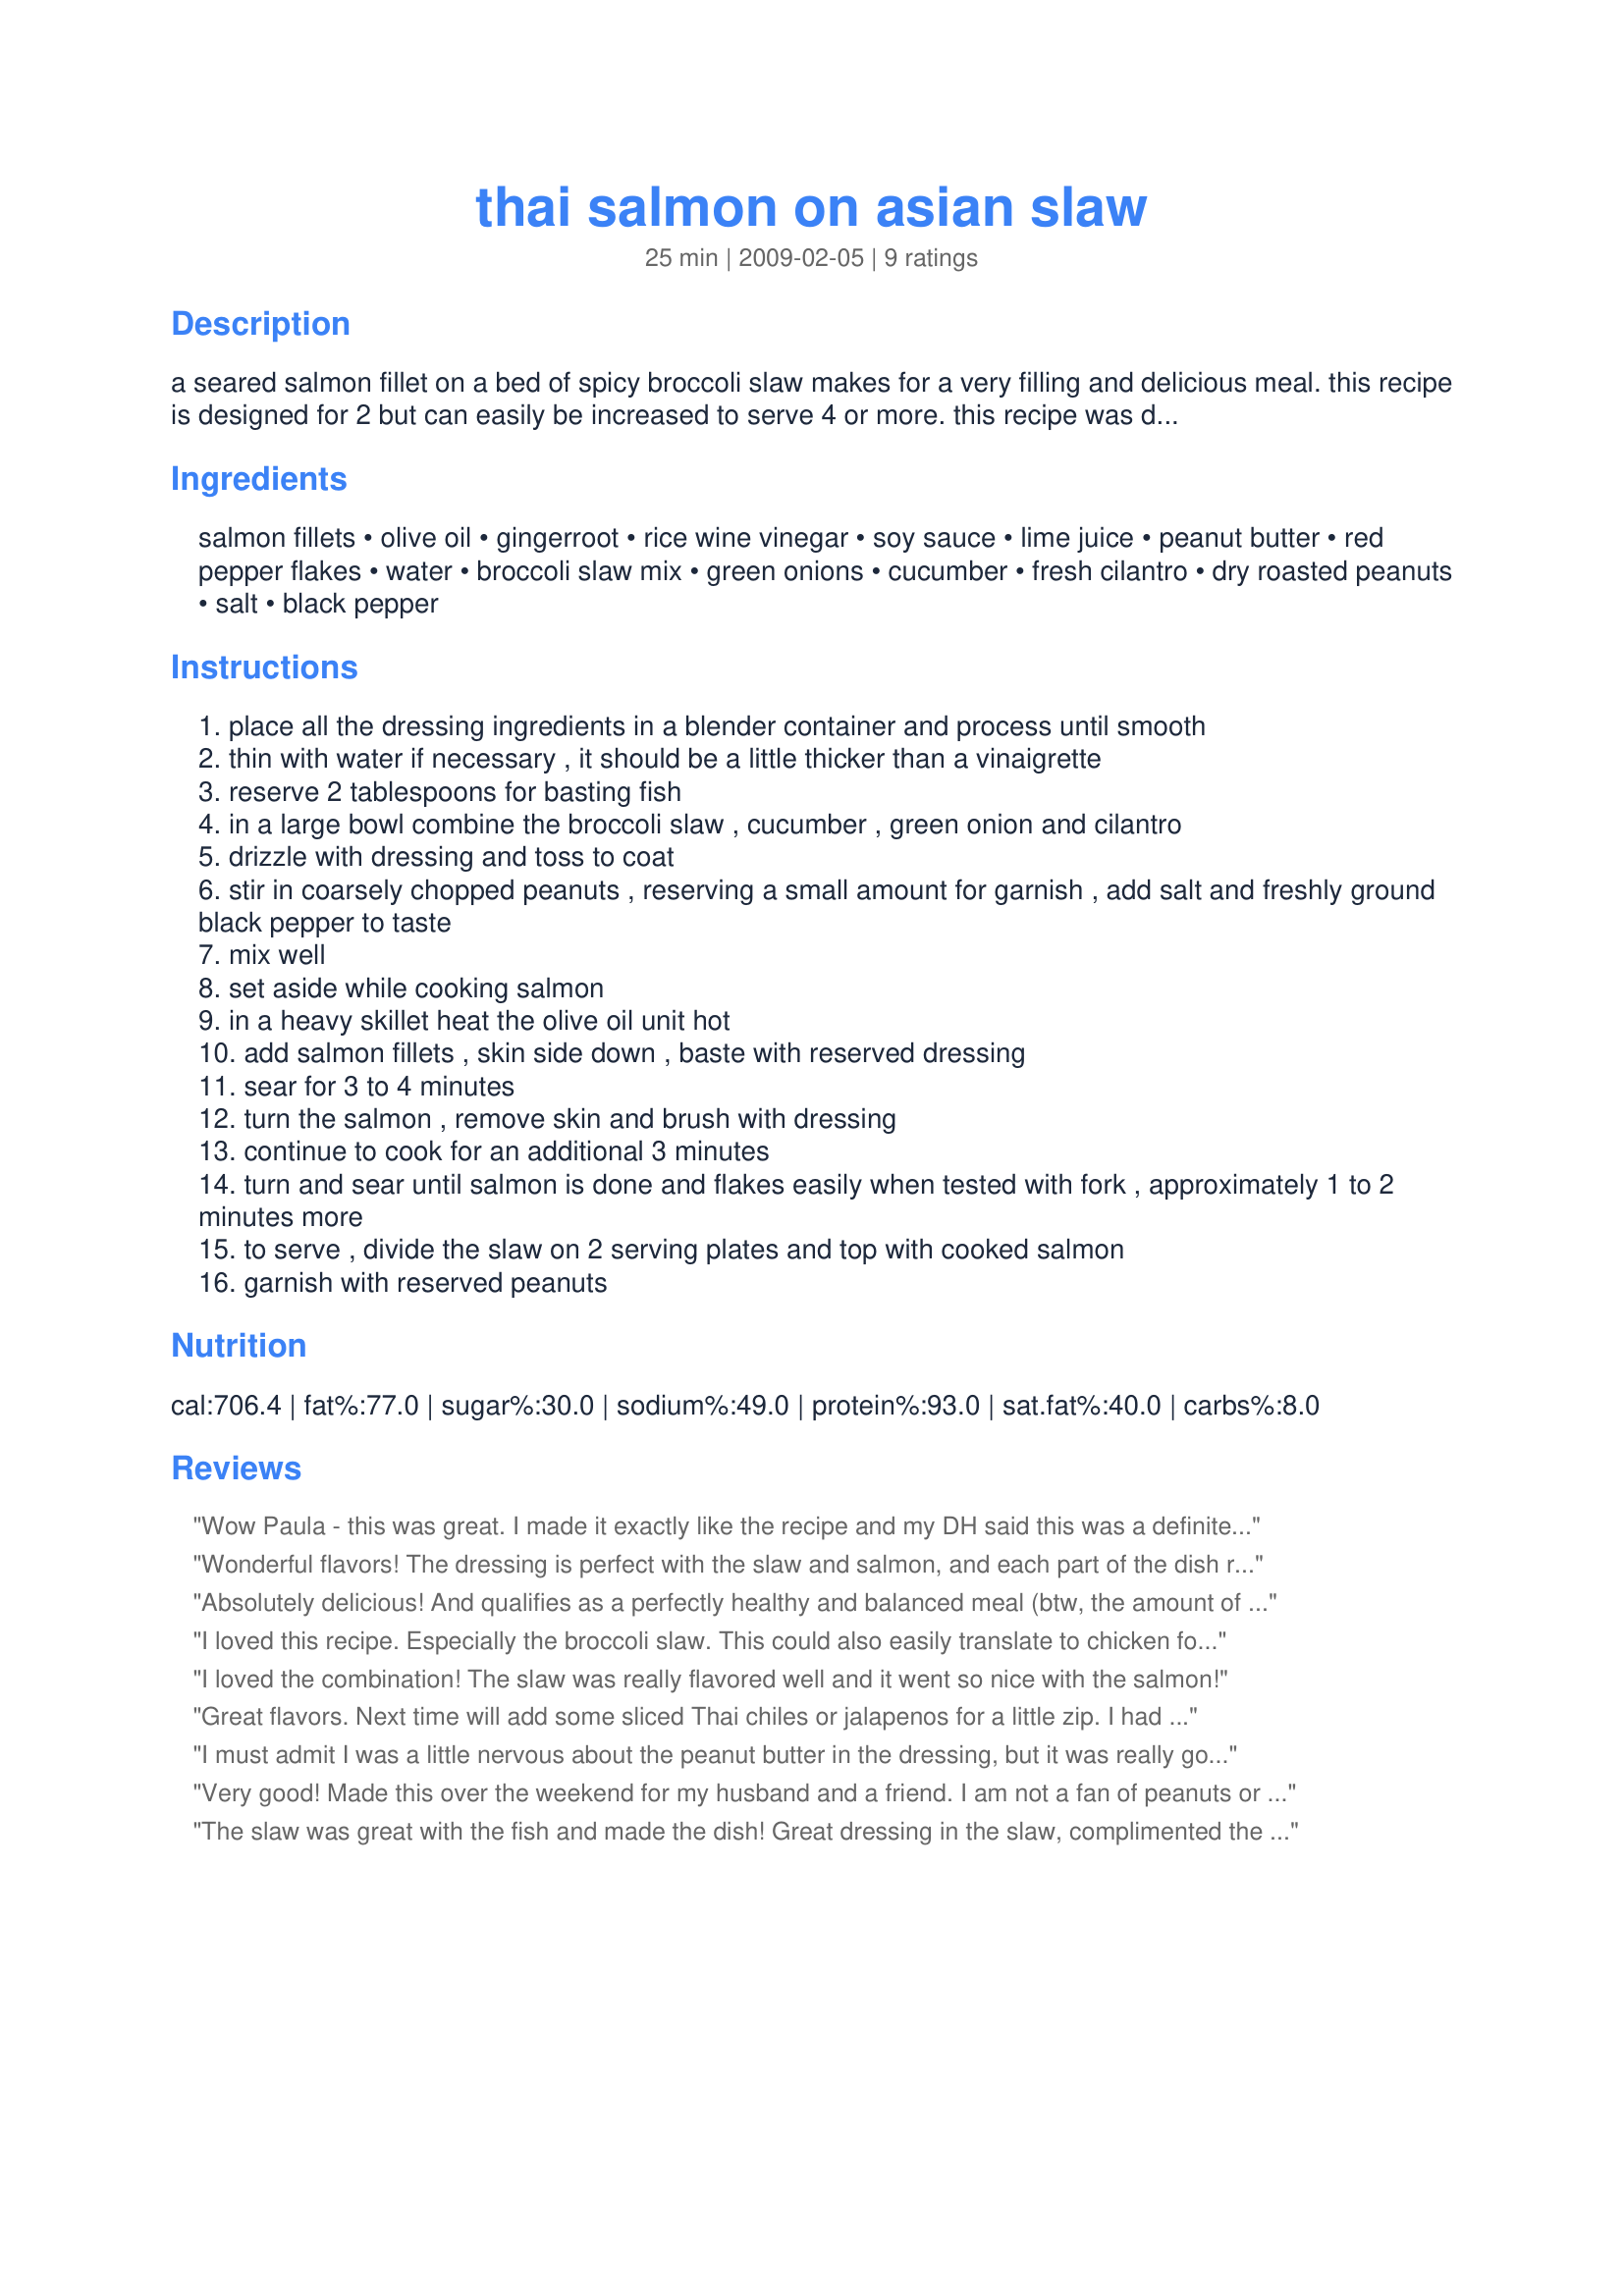
thai salmon on asian slaw
Preparation time: 25 minutes

a seared salmon fillet on a bed of spicy broccoli slaw makes for a very filling and delicious meal. this recipe is designed for 2 but can easily be increased to serve 4 or more. this recipe was developed for rsc #13.

Ingredients:
salmon fillets, olive oil, gingerroot, rice wine vinegar, soy sauce, lime juice, peanut butter, red pepper flakes, water, broccoli slaw mix, green onions, cucumber, fresh cilantro, dry roasted peanuts, salt, black pepper

Steps:
place all the dressing ingredients in a blender container and process until smooth
thin with water if necessary , it should be a little thicker than a vinaigrette
reserve 2 tablespoons for basting fish
in a large bowl combine the broccoli slaw , cucumber , green onion and cilantro
drizzle with dressing and toss to coat
stir in coarsely chopped peanuts , reserving a small amount for garnish , add salt and freshly ground black pepper to taste
mix well
set aside while cooking salmon
in a heavy skillet heat the olive oil unit hot
add salmon fillets , skin side down , baste with reserved dressing
sear for 3 to 4 minutes
turn the salmon , remove skin and brush with dressing
continue to cook for an additional 3 minutes
turn and sear until salmon is done and flakes easily when tested with fork , approximately 1 to 2 minutes more
to serve , divide the slaw on 2 serving plates and top with cooked salmon
garnish with reserved peanuts

Reviews:
Wow Paula - this was great. I made it exactly like the recipe and my DH said this was a definite repeater. Personally, you can't go wrong with any recipe with peanut butter! I am moving to my Tried and True folder.
Wonderful flavors! The dressing is perfect with the slaw and salmon, and each part of the dish really complements the others. Thanks for sharing!
Absolutely delicious! And qualifies as a perfectly healthy and balanced meal (btw, the amount of peanuts in the nutrition info is wrong, the calories are actually about 200 less per serving and almost half the fat)
I loved this recipe. Especially the broccoli slaw. This could also easily translate to chicken for those fish haters out there.
I loved the combination! The slaw was really flavored well and it went so nice with the salmon!
Great flavors. Next time will add some sliced Thai chiles or jalapenos for a little zip. I had to add quite a bit of water to get the right consistency. I omitted the peanuts as a personal preference.
I must admit I was a little nervous about the peanut butter in the dressing, but it was really good! I&#039;ll probably make the salad as a side dish to have with other meals.
Very good! Made this over the weekend for my husband and a friend. I am not a fan of peanuts or peanut butter so I used roasted slivered almonds and almond butter instead. Everyone raved and said this is a definite make again.
The slaw was great with the fish and made the dish! Great dressing in the slaw, complimented the fish well! Thanks and good luck!
